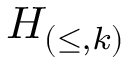
H _ { ( \leq , k ) }